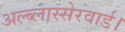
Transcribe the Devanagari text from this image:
अल्ब्लास्सेरवार्ड।